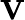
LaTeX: \textbf{V}